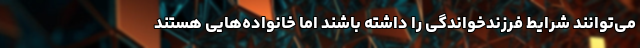
می‌توانند شرایط فرزندخواندگی را داشته باشند اما خانواده‌هایی هستند